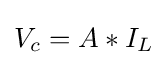
V_{c}=A*I_{L}